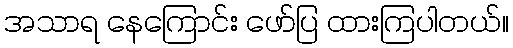
အသာရ နေကြောင်း ဖော်ပြ ထားကြပါတယ်။